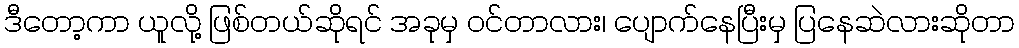
ဒီတော့ကာ ယူလို့ ဖြစ်တယ်ဆိုရင် အခုမှ ဝင်တာလား၊ ပျောက်နေပြီးမှ ပြနေဆဲလားဆိုတာ